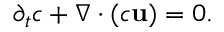
\partial _ { t } c + \nabla \cdot ( c \mathbf { u } ) = 0 .